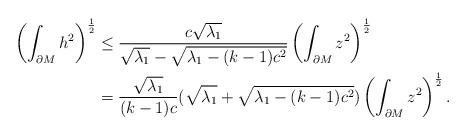
LaTeX: \begin{align*}\left(\int_{\partial M}h^2\right)^{\frac{1}{2}}&\leq \frac{c\sqrt{\lambda_1}}{\sqrt{\lambda_1}-\sqrt{\lambda_1-(k-1)c^2}}\left(\int_{\partial M}z^2\right)^{\frac{1}{2}}\\&=\frac{\sqrt{\lambda_1}}{(k-1)c}(\sqrt{\lambda_1}+\sqrt{\lambda_1-(k-1)c^2})\left(\int_{\partial M}z^2\right)^{\frac{1}{2}}.\end{align*}